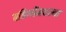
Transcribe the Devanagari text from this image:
बहिणींमधल्या